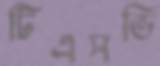
টিএসভি